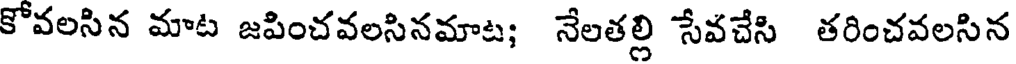
కోవలసిన మాట జపించవలసినమాట; నేలతల్లి సేవచేసి తరించవలసిన